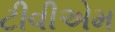
ટીવીએમ